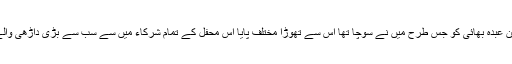
لیکن عبدہ بھائی کو جس طرح میں نے سوچا تھا اس سے تھوڑا مختلف پایا اس محفل کے تمام شرکاء میں سے سب سے بڑی داڑھی والے ۔